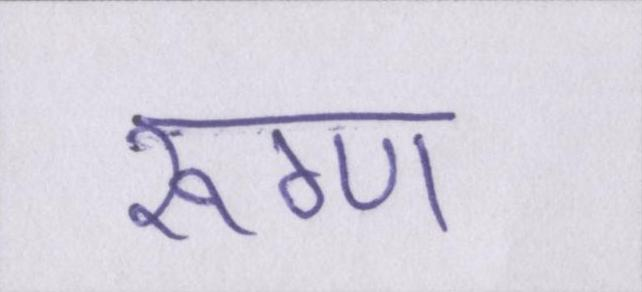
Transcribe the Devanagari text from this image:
रूग्ण